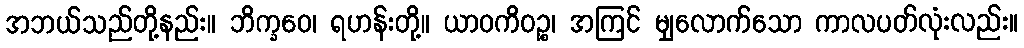
အဘယ်သည်တို့နည်း။ ဘိက္ခဝေ၊ ရဟန်းတို့။ ယာဝကိဝဉ္စ၊ အကြင် မျှလောက်သော ကာလပတ်လုံးလည်း။